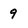
Character: 9